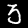
Label: 3